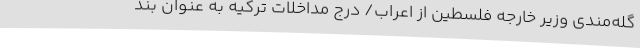
گله‌مندی وزیر خارجه فلسطین از اعراب/ درج مداخلات ترکیه به عنوان بند